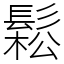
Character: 鬆